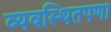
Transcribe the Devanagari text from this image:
व्यवस्थितपणा